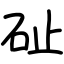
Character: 砋